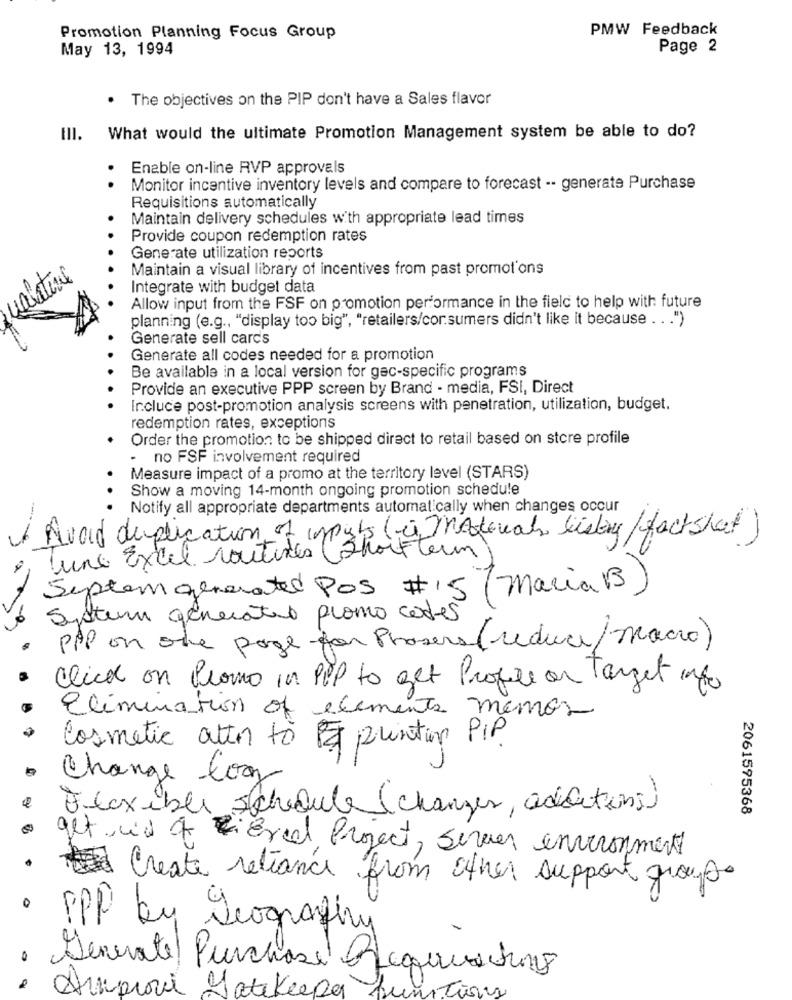
PMW Feedback
Promotion Planning Focus Group
May 13, 1994
Page 2
.
The objectives on the PIP don't have a Sales flavor
What would the ultimate Promotion Management system be able to do?
Enable on-line RVP approvals
Monitor incentive inventory levels and compare to forecast -- generate Purchase
Requisitions automatically
Maintain delivery schedules with appropriate lead times
Provide coupon redemption rates
Generate utilization reports
Maintain a visual library of incentives from past promotions
Integrate with budget data
Allow input from the FSF on promotion performance in the field to help with future
planning (e.g ., "display too big", "retailers/cor.sumers didn't like it because .. . ")
Generate sell cards
Generate all codes needed for a promotion
Be available in a local version for gec-specific programs
Provide an executive PPP screen by Brand - media, FSI, Direct
Incluce post-promotion analysis screens with penetration, utilization, budget.
redemption rates, exceptions
Order the promotion to be shipped direct to retail based on stcre profile
- no FSF involvement required
Measure impact of a promo at the territory level (STARS)
Show a moving 14-month ongoing promotion schedule
Notify all appropriate departments automatically when changes occur
--
Avoid duplication of input (is Materials listing/factsheet)
Lune Excel routines (Shortterm)
System generated POS #15
( maria B
System generatio promo codes
PPP on one page for Phasers (reduce/macro)
Click on Promo in PPP to get Profile on Target info
Elimination of elements memos
Cosmetic atten to FJ printing PIP
Change Cooz
Flexible Schedule (changes, additions)
2061575368
get is of Ere Project, sever environment
.
Create reliance from other support group
· PPP by geography
Generate Purchase Requesting
· Suprove gatekeeper.
sumTions